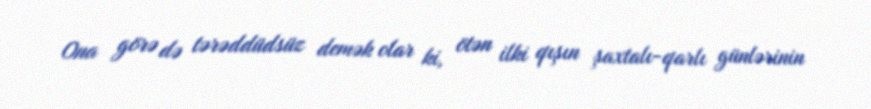
Ona görə də tərəddüdsüz demək olar ki, ötən ilki qışın şaxtalı-qarlı günlərinin